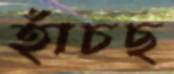
হাঁচছ